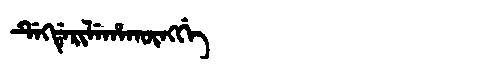
Manchu: ᡩᡝᡴᡩᡝᡵᡳᠯᡝᡥᠠᡴᡡᠩᡤᡝ
Romanization: DEKDERILEHAKŪNGGE